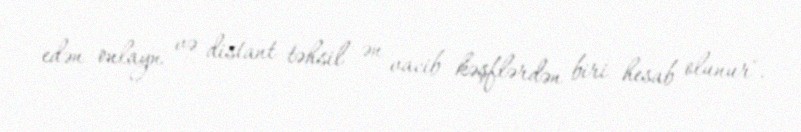
edən onlayn və distant təhsil ən vacib kəşflərdən biri hesab olunur".